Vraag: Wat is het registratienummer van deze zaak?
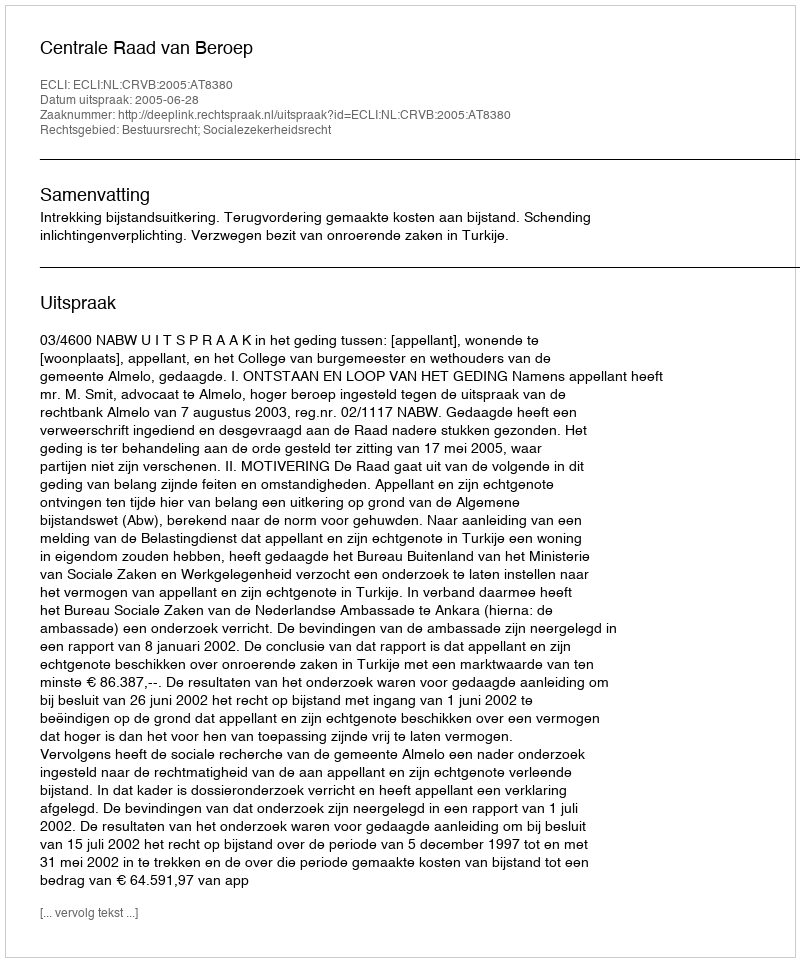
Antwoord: http://deeplink.rechtspraak.nl/uitspraak?id=ECLI:NL:CRVB:2005:AT8380